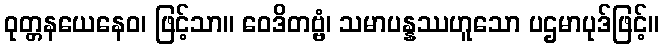
ဝုတ္တနယေနေဝ၊ ဖြင့်သာ။ ဝေဒိတဗ္ဗံ၊ သမာပန္နဿဟူသော ပဌမာပုဒ်ဖြင့်။